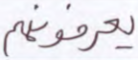
يعرفونه